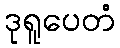
ဒုရူပေတံ